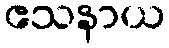
ဧသနာယ